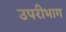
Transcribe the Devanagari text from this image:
उपरीभाग